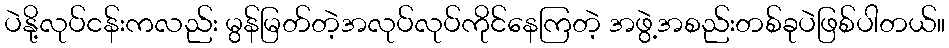
ပဲနို့လုပ်ငန်းကလည်း မွန်မြတ်တဲ့အလုပ်လုပ်ကိုင်နေကြတဲ့ အဖွဲ့အစည်းတစ်ခုပဲဖြစ်ပါတယ်။